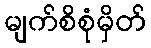
မျက်စိစုံမှိတ်